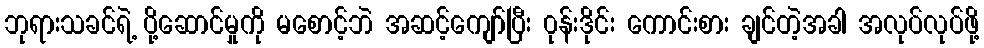
ဘုရားသခင်ရဲ့ ပို့ဆောင်မှုကို မစောင့်ဘဲ အဆင့်ကျော်ပြီး ၀ုန်းဒိုင်း ကောင်းစား ချင်တဲ့အခါ အလုပ်လုပ်ဖို့